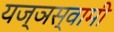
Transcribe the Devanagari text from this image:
यज्ञस्वामी